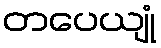
တပေယျုံ